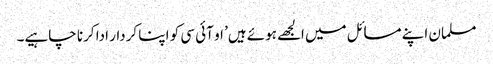
مسلمان اپنے مسائل میں الجھے ہوئے ہیں’ او آئی سی کو اپنا کردار ادا کرنا چاہیے۔